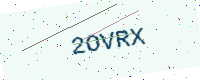
Text: 2OVRX